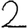
Digit: 2